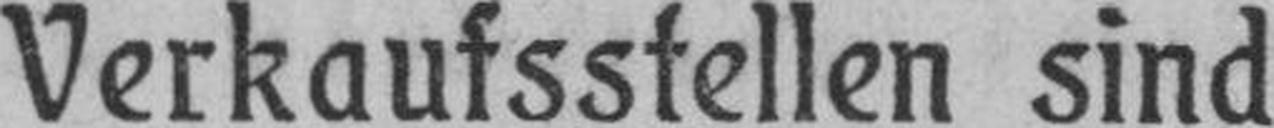
Verkaufsstellen sind